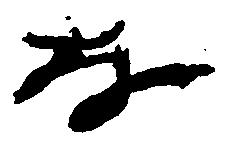
な